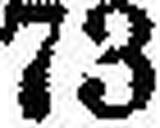
73